Jaan_Tonisson_(Lasteleht), lk 422
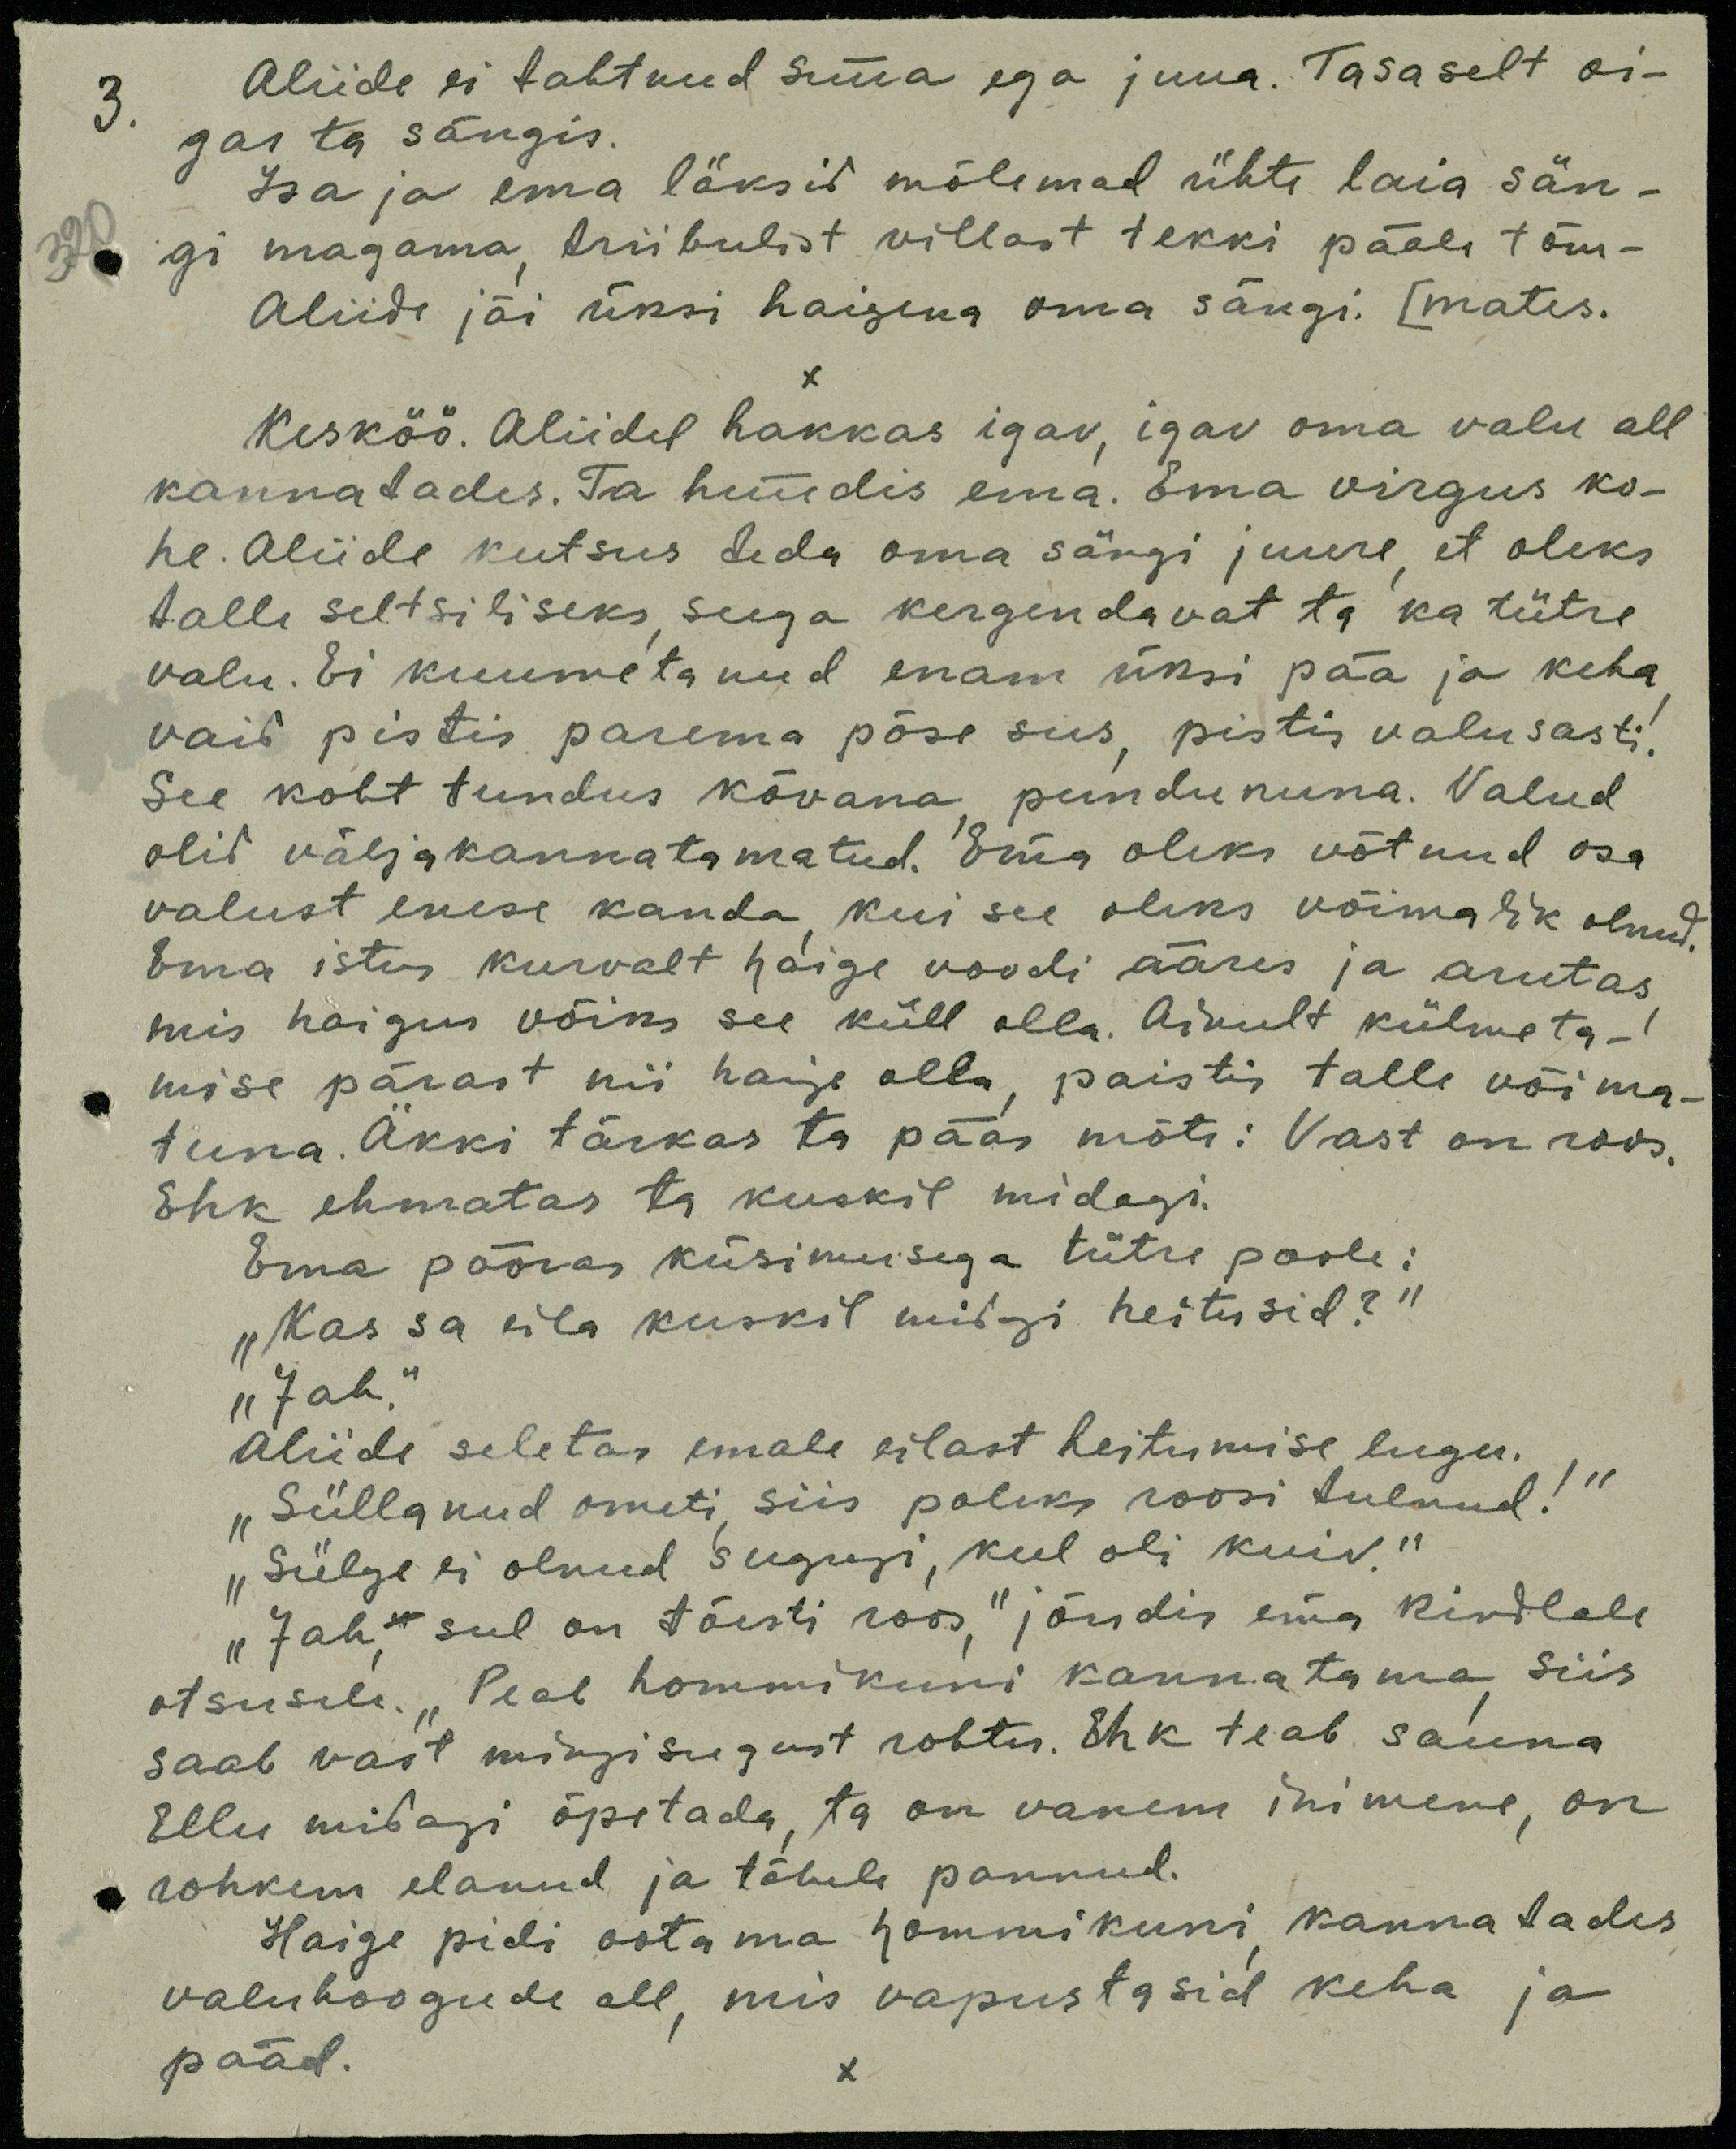
3.
Aliide ei tahtnud süüa ega juua. Tasaselt oi-
gas ta sängis.
Isa ja ema läksid mõlemad ühte laia sän-
gi magama triibulist villast tekki pääle tõm-
Aliide jäi üksi haigena oma sängi. (mates.
Kesköö. Aliidel hakkas igav, igav oma valu all
kannatades. Ta hüüdis ema. Ema virgus ko-
he. Aliide kutsus teda oma särgi juure et oleks
talle seltsiliseks seega kergendavat ta ka tütre
valu. Ei kuumetanud enam üksi pää ja keha
vaid pistis parema põse sees, pistis valusasti
See koht tundus kõvana puudununa. Valud
olid väljakannatamatud. Ema oleks võtnud osa
valust enese kanda kui see oleks võimalik olnud
Ema istus kurvalt haige voodi ääres ja arutas
mis haigus võiks see küll olla. Ainult külmeta-
mise pärast nii haige olla, paistis talle võima-
tuna. Äkki tärkas ta pääs mõte: Vast on roos,
Ehk ehmatas ta kuskil midagi.
Ema pööras küsimusega tütre poole.
"Kas sa eila kuskil midgi heitusid?"
"Jah"
Aliide seletas emale eilast heitumise lugu.
"Süllanud ometi, siis poleks roosi tulnud!"
"Sülge ei olnud sugugi, keel oli kuiv"
"Jah" sul on tõesti roos," jõudis ema kindlale
otsusele. "Peab hommikuni kannatama siis
saab vast mingisugust rohtu. Ehk teab sauna
Ellu midagi õpetada, ta on vanem inimene, on
rohkem elanud ja tähele pannud.
Haige pidi ootama hommikuni kannatades
valuhoogude all, mis vapustasid keha ja
pääd.
X